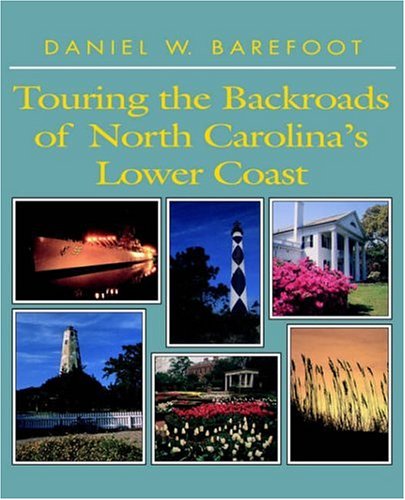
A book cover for Touring the Backroads of North Carolina's Lower Coast (Touring the Backroads Series); Daniel W. Barefoot; Travel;